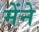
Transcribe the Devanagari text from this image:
मेंने